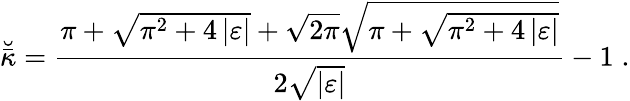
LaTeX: \breve{\bar{\kappa}}=\frac{\pi+\sqrt{\pi^{2}+4\left|\varepsilon\right|}+\sqrt{2\pi}\sqrt{\pi+\sqrt{\pi^{2}+4\left|\varepsilon\right|}}}{2\sqrt{\left|\varepsilon\right|}}-1\; .